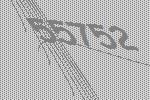
55752